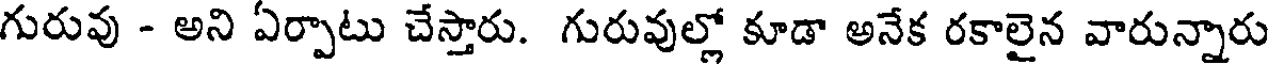
గురువు - అని ఏర్పాటు చేస్తారు. గురువుల్లో కూడా అనేక రకాలైన వారున్నారు